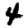
Digit: 4